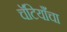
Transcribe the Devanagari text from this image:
चॅटियाँचा